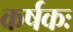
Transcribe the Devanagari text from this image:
कर्षकः